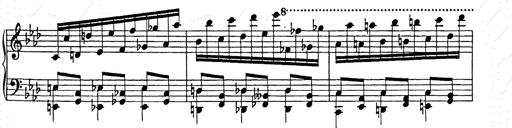
Title: Weinen, Klagen, Sorgen, Zagen
Composer: Franz Liszt